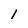
Character: l